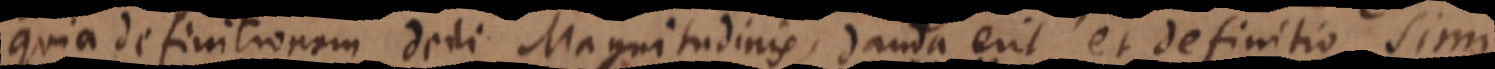
quia definitionem dedi Magnitudinis, danda erit et definitio Simi